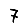
Digit: 7